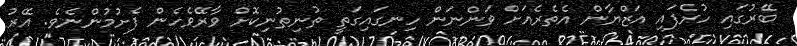
ބޭރުގައި ހުރެފައި އަޒްޔާން އެތެރެއަށް ވަންނަން ހިނގައިގަތީ ތުނިތުނިކޮށް ވާރޭވެހެން ފެށުމުންނެވެ. އޭރު